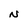
Character: N